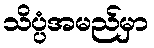
သိပ္ပံအမည်မှာ